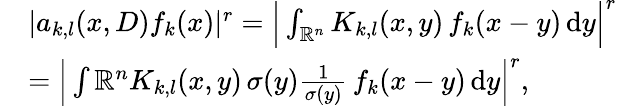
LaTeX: \begin{array}{rl}&{|a_{k,l}(x,D)f_{k}(x)|^{r}=\Big|\int_{\mathbb{R}^{n}}K_{k,l}(x,y)\, f_{k}(x-y)\, \mathrm{d}y\Big|^{r}}\\ &{=\Big|\int{\mathbb{R}^{n}}K_{k,l}(x,y)\, \sigma(y)\frac{1}{\sigma(y)}\, f_{k}(x-y)\, \mathrm{d}y\Big|^{r},}\end{array}